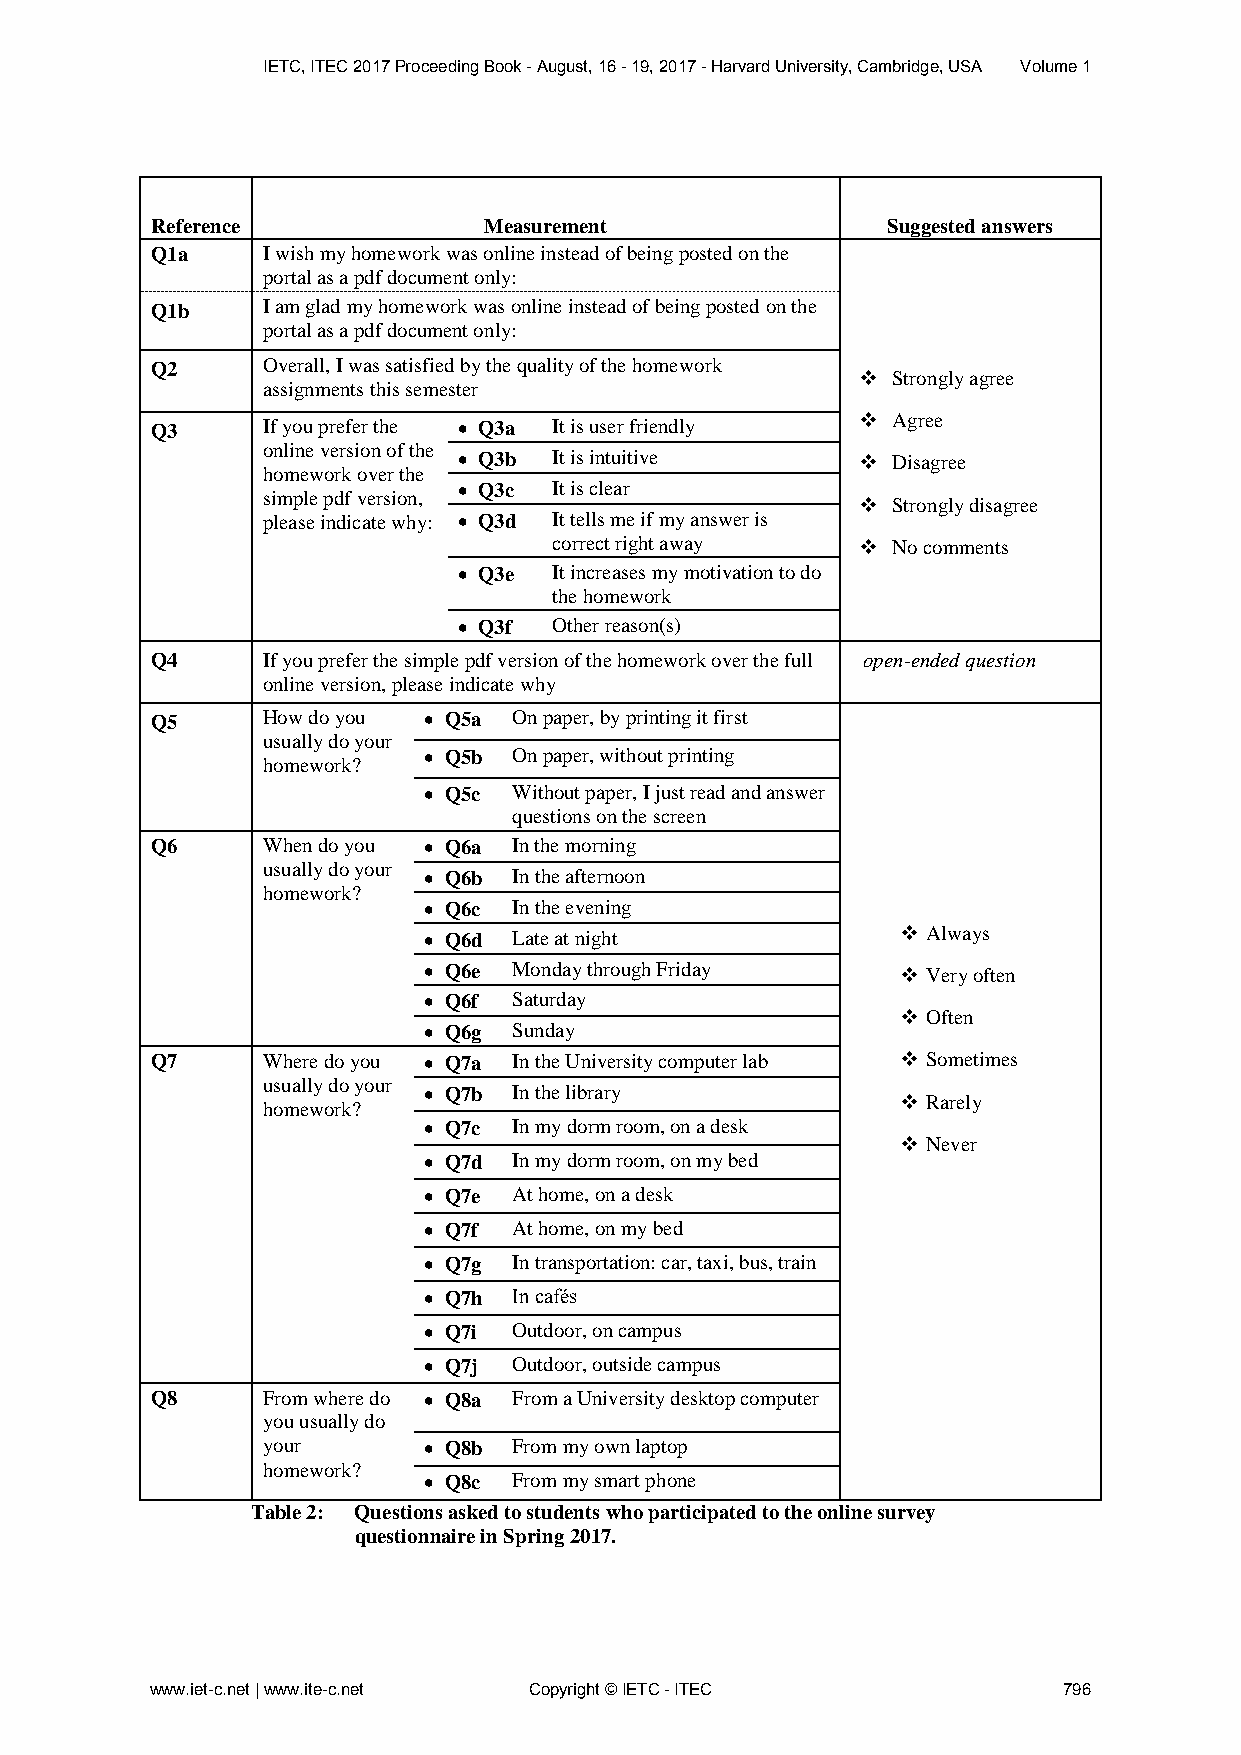
IETC, ITEC 2017 Proceeding Book - August, 16 - 19, 2017 - Harvard University, Cambridge, USA Volume 1
 Reference             Measurement                Suggested answers
 Q1a    I wish my homework was online instead of being posted on the
 portal as a pdf document only:
 Q1b    I am glad my homework was online instead of being posted on the
 portal as a pdf document only:
 Q2     Overall, I was satisfied by the quality of the homework
  Strongly agree
 assignments this semester
 Q3     If you prefer the  Q3a It is user friendly  Agree
 online version of the
  Q3b  It is intuitive      Disagree
 homework over the
  Q3c  It is clear
 simple pdf version,
  Strongly disagree
 please indicate why:  Q3d It tells me if my answer is
 correct right away   No comments
  Q3e  It increases my motivation to do
 the homework
  Q3f  Other reason(s)
 Q4     If you prefer the simple pdf version of the homework over the full open-ended question
 online version, please indicate why
 Q5     How do you  Q5a On paper, by printing it first
 usually do your
 homework?
  Q5b On paper, without printing
  Q5c Without paper, I just read and answer
 questions on the screen
 Q6     When do you  Q6a In the morning
 usually do your
  Q6b In the afternoon
 homework?
  Q6c In the evening
  Q6d Late at night              Always
  Q6e Monday through Friday      Very often
  Q6f Saturday
  Often
  Q6g Sunday
 Q7     Where do you  Q7a In the University computer lab  Sometimes
 usually do your
  Q7b In the library
  Rarely
 homework?
  Q7c In my dorm room, on a desk
  Never
  Q7d In my dorm room, on my bed
  Q7e At home, on a desk
  Q7f At home, on my bed
  Q7g In transportation: car, taxi, bus, train
  Q7h In cafés
  Q7i Outdoor, on campus
  Q7j Outdoor, outside campus
 Q8     From where do  Q8a From a University desktop computer
 you usually do
 your        Q8b From my own laptop
 homework?
  Q8c From my smart phone
 Table 2: Questions asked to students who participated to the online survey
 questionnaire in Spring 2017.
 www.iet-c.net | www.ite-c.net Copyright © IETC - ITEC       796